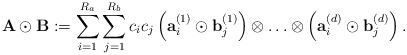
LaTeX: \begin{align*}{\bf A} \odot {\bf B} :=\sum\limits_{i=1}^{R_a} \sum\limits_{j=1}^{R_b}c_i c_j \left( {\bf a}_i^{(1)} \odot {\bf b}_j^{(1)} \right) \otimes \ldots \otimes\left( {\bf a}_i^{(d)} \odot {\bf b}_j^{(d)} \right).\end{align*}